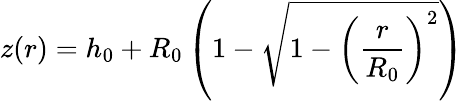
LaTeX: z(r)=h_{0}+R_{0}\left(1-\sqrt{1-\left(\frac{r}{R_{0}}\right)^{2}}\right)